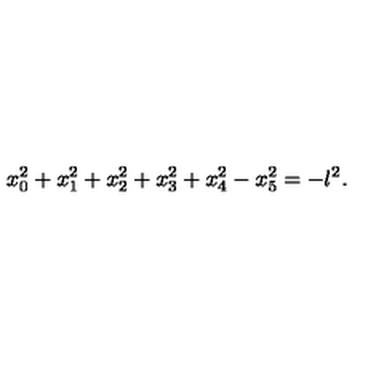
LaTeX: x _ { 0 } ^ { 2 } + x _ { 1 } ^ { 2 } + x _ { 2 } ^ { 2 } + x _ { 3 } ^ { 2 } + x _ { 4 } ^ { 2 } - x _ { 5 } ^ { 2 } = - l ^ { 2 } .